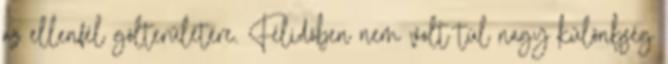
az ellenfél gólterületére. Félidőben nem volt túl nagy különbség